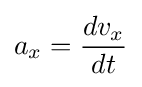
a_{x}={\frac {dv_{x}}{dt}}